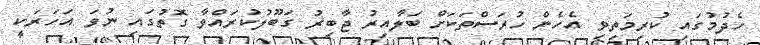
ހެދުމުގައި ކުރިމަތިވި އެހެން ހުރަސްތަކަށް ބަލާއިރު ޖާބިރު ގަބޫލުކުރައްވާ ގޮތުގައި ނުވަ އަހަރަކީ